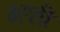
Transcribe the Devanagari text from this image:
म्ह्शी